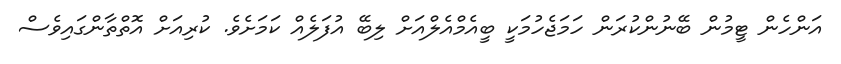
އަންހެން ޓީމުން ބޭނުންކުރަން ހަމަޖެހުމަކީ ބީއެމްއެލްއަށް ލިބޭ އުފަލެއް ކަމަށެވެ. ކުރިއަށް އޮތްތާންގައިވެސް